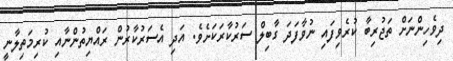
ދިވެހިންނަށް ތަޖުރިބާ ކުރެވިފައި ނުވާފަދަ ގާބިލް ސަރުކާރަކަށެވެ. އަދި އެސަރުކާރުން ރައްޔިތުންނާއި ކުރިމަތިލާނީ